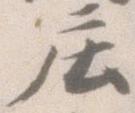
庄